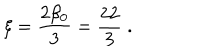
LaTeX: \xi = \frac { 2 \beta _ { 0 } } { 3 } = \frac { 2 2 } { 3 } \; .